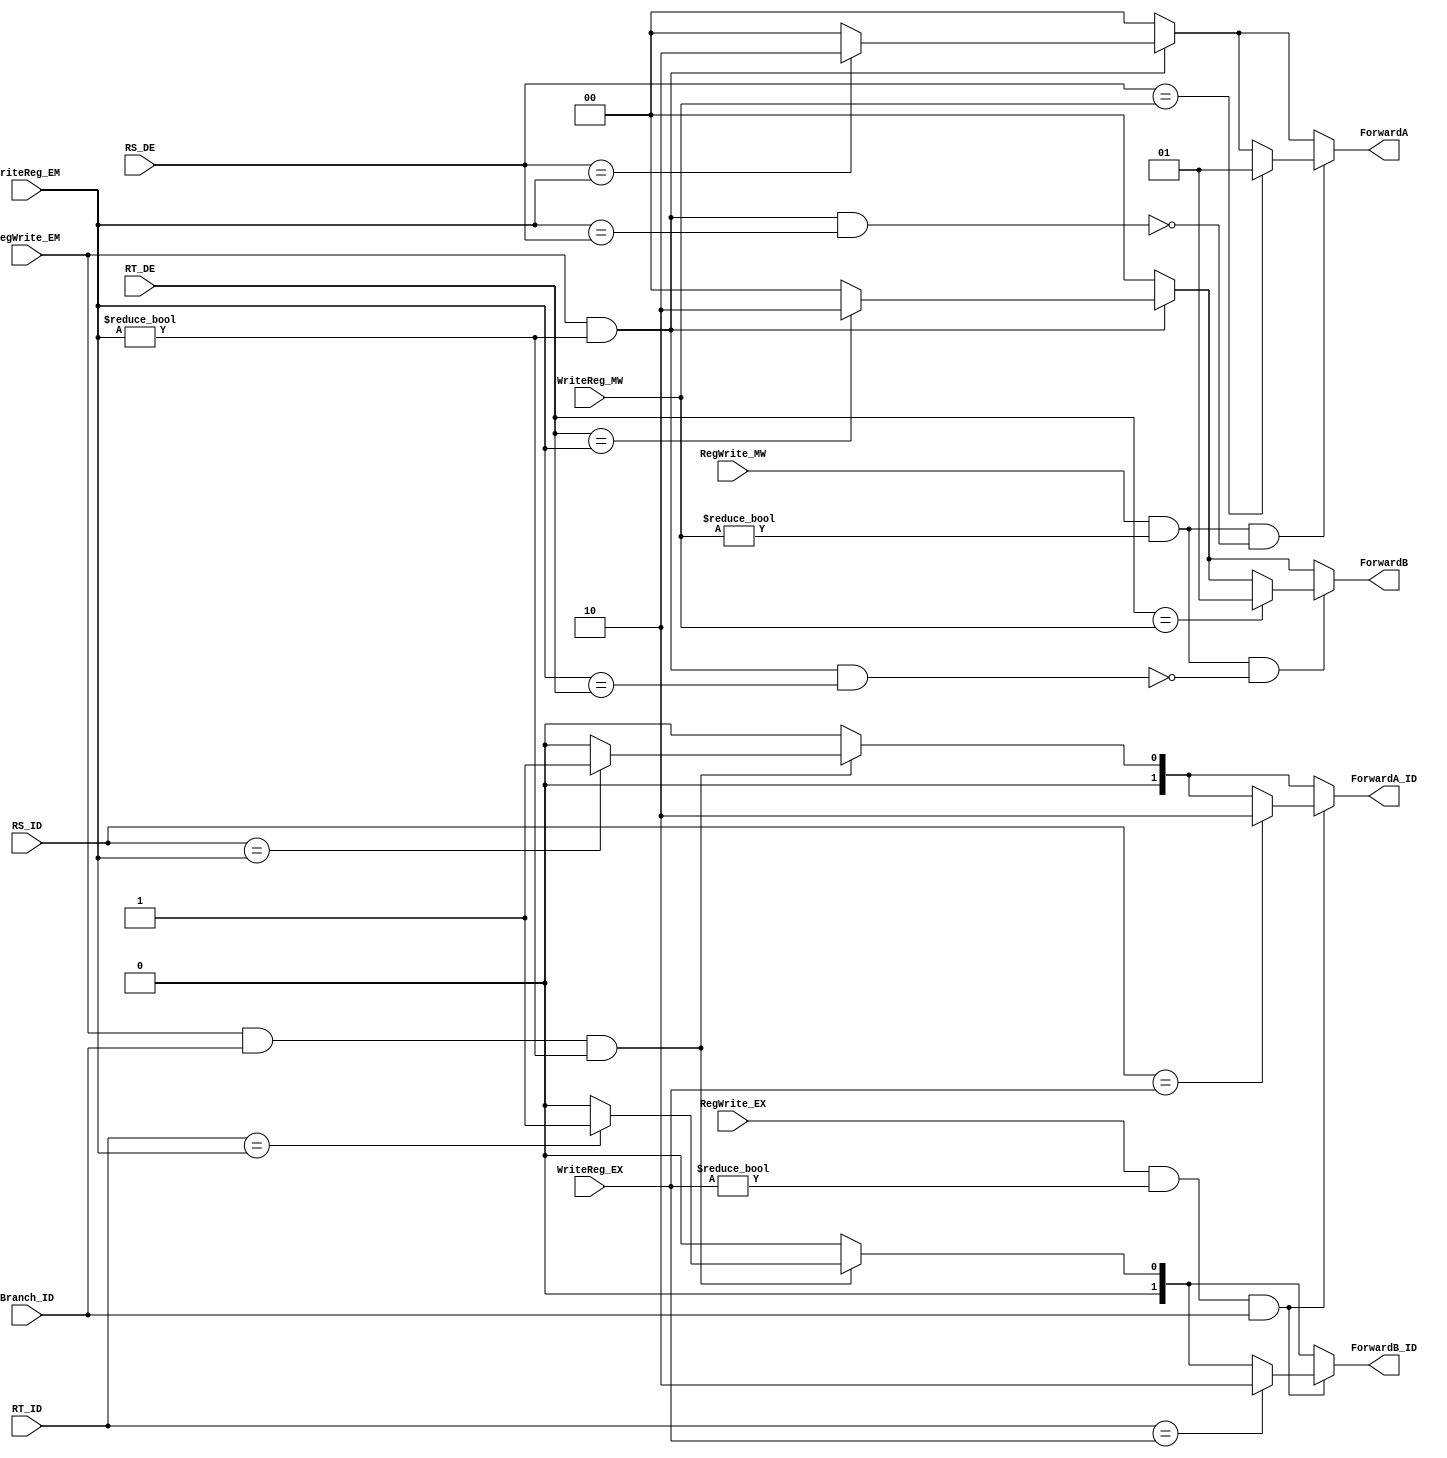
`timescale 1ns / 1ps

module Forward(
    input RegWrite_EM,
    input RegWrite_MW,
	input RegWrite_EX,
	input Branch_ID,
    input [4:0] WriteReg_EM,
    input [4:0] WriteReg_MW,
	input [4:0] WriteReg_EX,
    input [4:0] RT_DE,
    input [4:0] RS_DE,
	input [4:0] RT_ID,
	input [4:0] RS_ID,
    output reg [1:0] ForwardA,
    output reg [1:0] ForwardB,
	output reg [1:0] ForwardA_ID,
	output reg [1:0] ForwardB_ID
);

always@(*) begin
    ForwardA = 0;
    ForwardB = 0;
	ForwardA_ID = 0;
	ForwardB_ID = 0;
    if(RegWrite_EM && (WriteReg_EM != 0)) begin    // EX hazard
        if(RS_DE == WriteReg_EM)
            ForwardA = 2'b10;
        if(RT_DE == WriteReg_EM)
            ForwardB = 2'b10;
    end
    if(RegWrite_MW && (WriteReg_MW != 0) && !(RegWrite_EM && (WriteReg_EM != 0) && (WriteReg_EM == RS_DE))) begin   // MEM hazard
        if(RS_DE == WriteReg_MW)
            ForwardA = 2'b01;
	end
	if(RegWrite_MW && (WriteReg_MW != 0) && !(RegWrite_EM && (WriteReg_EM != 0) && (WriteReg_EM == RT_DE))) begin
        if(RT_DE == WriteReg_MW)
            ForwardB = 2'b01;
    end
	if(RegWrite_EM && Branch_ID && (WriteReg_EM != 0)) begin
		if(RS_ID == WriteReg_EM)
			ForwardA_ID = 2'b01;
		if(RT_ID == WriteReg_EM)
			ForwardB_ID = 2'b01;
	end
	if(RegWrite_EX && (WriteReg_EX != 0) && Branch_ID) begin
		if(RS_ID == WriteReg_EX)
			ForwardA_ID = 2'b10;
		if(RT_ID == WriteReg_EX)
			ForwardB_ID = 2'b10;
	end
end

endmodule